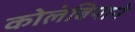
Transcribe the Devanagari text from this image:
कोलंबियाने